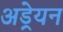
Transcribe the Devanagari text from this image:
अड्रेयन